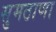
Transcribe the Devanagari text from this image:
सुमठाणा